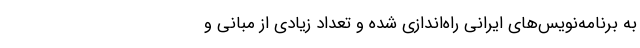
به برنامه‌نویس‌های ایرانی راه‌اندازی شده و تعداد زیادی از مبانی و